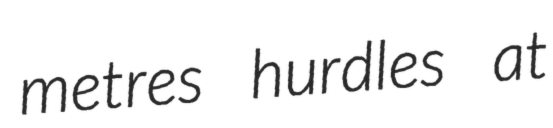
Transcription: metres hurdles at